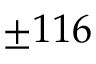
\pm 1 1 6